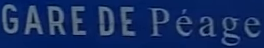
GARE DE Péage